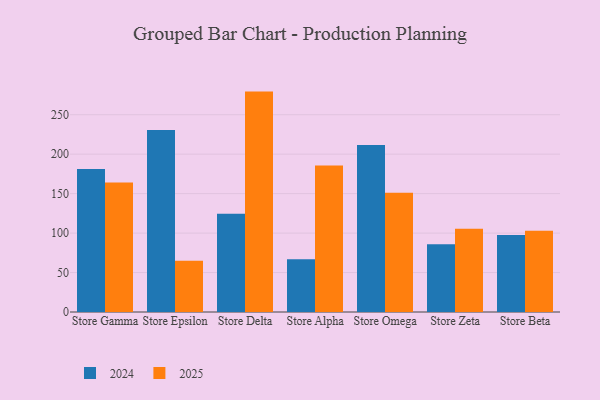
{"axis": {"x": "Store", "y": "Gross Profit (USD K)"}, "legend": ["2024", "2025"], "data": [{"x": "Store Gamma", "y": 181.2, "type": "2024"}, {"x": "Store Gamma", "y": 164.0, "type": "2025"}, {"x": "Store Epsilon", "y": 230.7, "type": "2024"}, {"x": "Store Epsilon", "y": 64.9, "type": "2025"}, {"x": "Store Delta", "y": 124.4, "type": "2024"}, {"x": "Store Delta", "y": 279.3, "type": "2025"}, {"x": "Store Alpha", "y": 66.8, "type": "2024"}, {"x": "Store Alpha", "y": 185.6, "type": "2025"}, {"x": "Store Omega", "y": 211.7, "type": "2024"}, {"x": "Store Omega", "y": 151.0, "type": "2025"}, {"x": "Store Zeta", "y": 85.7, "type": "2024"}, {"x": "Store Zeta", "y": 105.6, "type": "2025"}, {"x": "Store Beta", "y": 97.7, "type": "2024"}, {"x": "Store Beta", "y": 103.0, "type": "2025"}]}